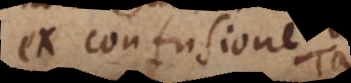
ex confusione